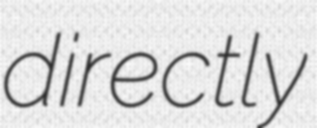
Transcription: directly